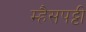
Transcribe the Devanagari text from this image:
म्हैसपट्टी